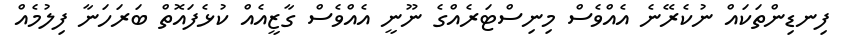
ފިނޑިންތަކައް ނުކެރޭނެ އެއްވެސް މިނިސްޓަރެއްގެ ނޫނީ އެއްވެސް ގާޒީއެއް ކުޅެފައޮތް ބަރަހަނާ ފިލުމެއް